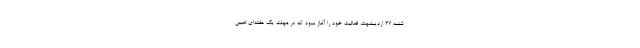
شنبه ۲۷ اردیبشهت، فعالیت خود را آغاز نمود که در مهلت یک هفته‌ای تعیین